Annual report of the Bengal Veterinary College and of the Civil Veterinary Department, Bengal, for the year 1899-1900 - 1899-1900
Year: 1899
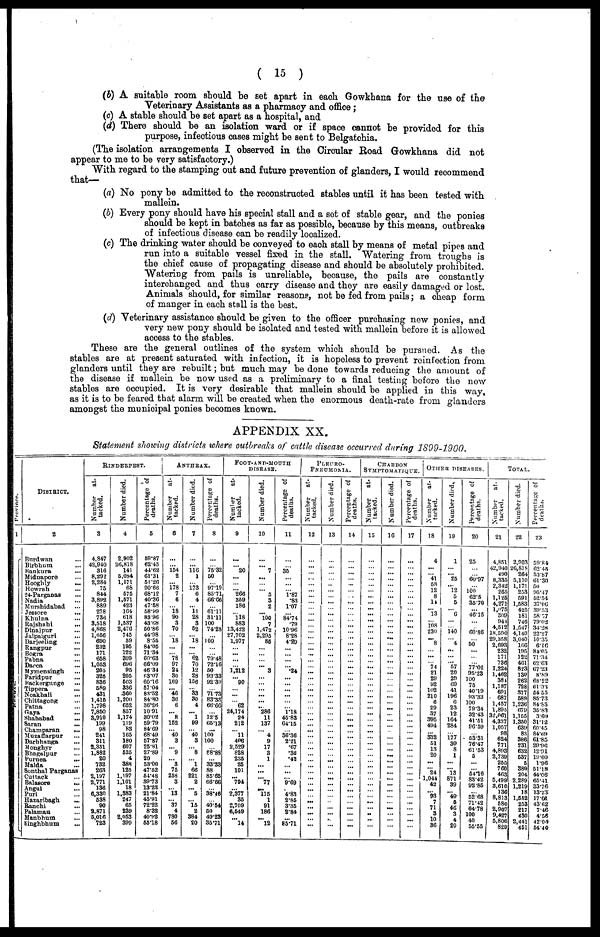
( 15 )
(b) A suitable room should be set apart in each Gowkhana- for the use of the
Veterinary Assistants as a pharmacy and office ;
(c) A stable should be set apart as a hospital, and
(d) There should be an isolation ward or if space cannot be provided for this
purpose, infectious oases might be sent to Belgatchia.
(The isolation arrangements I observed in the Circular Road Gowkhana did not
appear to me to be very satisfactory.)
With regard to the stamping out and future prevention of glanders, I would recommend
that—
(a) No pony be admitted to the reconstructed stables until it has been tested with
mallein.
(b) Every pony should have his special stall and a set of stable gear, and the ponies
should be kept in batches as fax as possible, because by this means, outbreaks
of infectious disease can be readily localized.
(c) The drinking water should be conveyed to each stall by means of metal pipes and
run into a suitable vessel fixed in the stall. "Watering from troughs is
the chief cause of propagating disease and should be absolutely prohibited.
Watering from pails is unreliable, because, the pails are constantly
interchanged and thus carry disease and they are easily damaged or lost.
Animals should, for similar reasons, not be fed from pails ; a cheap form
of manger in each stall is the best.
(d) Veterinary assistance should be given to the officer purchasing new ponies, and
very new pony should be isolated and tested with mallein before it is allowed
access to the stables.
These are the general outlines of the system which should be pursued. As the
stables are at present saturated with infection, it is hopeless to prevent reinfection from
glanders until they are rebuilt; but much may be done towards reducing the amount of
the disease if mallein be now used as a preliminary to a final testing before the new
stables are occupied. It is very desirable that mallein should be applied in this way,
as it is to be feared that alarm will be created when the enormous death-rate from glanders
amongst the municipal ponies becomes known.
APPENDIX XX.
Statement shotting districts where outbreaks of cattle disease occurred during 1899-1900.
Province.
1
BENGAL
DISTRICT.
2
Burdwan ...
Birbhum ...
Bankura ...
Midnapore ...
Hooghly
...
Howrah
...
24-Parganas
...
Nadia
...
Murshidabad ...
Jessore
...
Khulna
...
Rajshahi
...
Dinajpur ...
Jalpaiguri ...
Darjeeling ...
Rangpur ...
Bogra ...
Pabna
...
Dacca
Mymensingh
...
Faridpur
...
Backergunge ...
Tippera
...
Noakhali
...
Chittagong ...
Patna ...
Gaya
...
Shahabad
...
Saran ...
Champaran
...
Muzaffarpur ...
Darbhanga
...
Monghyr
...
Bhagalpur ...
Purnea
...
Malda ...
Sonthal Parganas
Cuttack ...
Balasore
...
Angul ...
Puri ...
Hazaribagh ...
Ranchi
...
Palamau ...
Manbhum ...
Singhbhum ...
RINDERPEST.
Number
at-
tacked.
3
4,847
42,940
316
8,292
2,284
75
844
3,892
889
278
736
3,518
4,868
1,656
690
232
171
658
1,053
205
325
836
589
431
1,415
1,798
7,850
3,910
199
98
241
311
2,351
1,882
20
732
263
2,197
2,771
136
6,330
538
90
2.871
5,016
723
Number died.
4
2,902
26,818
141
5,084
1,171
68
575
1,571
423
164
618
1,537
2,476
745
59
195
122
399
696
95
205
503
336
360
1,200
652
857
1,174
119
83
165
180
607
525
4
388
125
1,197
1,101
18
1,383
247
65
239
2,053
399
Percentage of
deaths.
5
59.87
62.45
44.62
61.31
5l.26
90.66
68.12
40.36
47.58
58.99
8396
43.08
50.86
44.98
8.55
84.05
71.34
60.63
66.09
46.34
63.07
60.16
57.04
83.52
84.80
36.26
1091
30.02
59.79
84.69
68.49
57.87
25.81
27.89
20
53.00
47.52
54.48
89.73
13.23
21.84
45.91
72.22
8.32
40.92
55.18
ANTHRAX.
Number
at-
tacked.
6
...
... 154
2
... 178
7
6
... 18
90
3
70
... 18
... ... 78
97
21
30
169
... 46
36
6
... 8
152
40
3
... 9
3
75
258
3
13
37
4
780
56
Number died.
7
...
...
116
1
... 173
6
4
... 11
28
3
52
... 18
...
... 62
70
12
28
156
33
30
4
... 1
99
40
3
8
1
66
221
2
... 5
... 15
2
384
20
Percentage of
deaths.
8
...
... 75.32
50
... 97.19
85.71
66.66
... 61.11
31.11
100
74.28
... 100
... ...
79.48
72.16
50
9333
92.30
71.73
83.33
66.66
12.5
65.13
...
100
100
88.88
33.33
88
85.65
66.66
38.46
40.54
50
49.23
3571
FOOT-AND-MOUTH
DISEASE.
Number
at-
tacked.
9
...
... 20
...
...
... 266
359
186
118
883
13,422
27,702
1.977
...
...
l','212
90
62
24,174
24
212
11
408
2,529
828
235
25
101
... 794
2,377
35
2,709
6,549
... 14
Number died.
10
...
... 7
...
... ... 5
3
2
... 100
7
1,472
2,295
85
... 3
...
...
...
...
... 286
11
137
... 4
9
17
3
1
...
...
... 77
... 115
1
91
186
... 12
Percentage of
deaths.
11
35
...
1.87
.83
1.07
84.74
.79
10.96
8.28
4.29
...
...
.24
...
...
...
lis
45.83
64.15
36.36
2-21
.67
.36
.42
...
9.69
4.83
2.85
3.35
2.84
85.71
PLEURO-
PNEUMONIA.
Number
at-
tacked.
12
... ...
...
...
...
...
...
...
...
...
...
...
...
...
...
—
... ...
...
...
...
...
...
...
...
...
...
...
...
...
...
...
...
... ...
...
...
...
...
...
...
...
...
...
.
Number died.
13
...
... ...
...
...
...
...
...
...
...
...
...
...
...
...
...
...
... ...
...
...
...
...
...
... ...
...
...
...
...
...
...
...
...
...
...
... ...
...
...
...
... ...
...
...
...
Percentage of
deaths.
14
...
... ...
...
...
...
...
...
...
...
...
...
...
...
...
...
...
... ...
...
...
...
...
...
...
...
...
...
...
...
...
...
... ...
... ...
...
...
... ...
...
... ...
...
... ...
CHARBON
SYMPTOMATIQUE.
Number
at-
tacked.
15
...
...
...
...
...
...
...
...
...
...
...
...
...
...
...
...
...
...
...
...
...
...
...
...
...
...
...
...
...
...
...
...
...
...
... ...
...
...
...
...
...
...
...
...
...
...
Number died.
16
...
... ...
...
...
...
...
...
...
...
...
...
...
...
...
...
...
...
...
...
...
...
...
...
...
...
...
...
...
...
...
... ...
...
...
... ...
...
...
...
...
...
...
...
...
...
Percentage of
deaths.
17
...
... ...
...
...
...
...
...
...
...
...
...
...
...
...
...
...
...
...
...
...
...
...
...
...
...
...
...
...
...
...
... ...
...
... ...
...
...
...
...
...
...
...
... ...
...
OTHER DISEASES.
Number
at-
tacked.
18
4
...
... 41
58
12
8
14
... 13
... 108
230
... 8
...
...
... 74
21
29
92
102
210
6
29
37
395
494
... 332
51
13
20
...
... 24
1,044
42
... 93
7
71
3
10
36
Number died.
19
1
... ... 25
... 12
5
5
... 6
...
... 140
... 4
...
...
... 57
20
29
69
41
196
0
23
12
164
284
... 177
30
8
1
...
... 13
871
39
... 49
6
46
3
4
20
Percentage of
deaths.
20
25
... ... 60.97
... 100
62.5
3570
... 46.15
...
... 60.86
... 50
...
...
... 77.02
95.23
100
75
40.19
93.33
100
79.34
32.43
41.51
96.59
... 53.31
76.47
61.53
5
...
... 5416
83.42
92.85
... 52.68
71.42
64.78
100
40
55.55
TOTAL.
Number at-
tacked.
21
4,851
42,940
490
8,335
2,342
265
1,125
4,271
1,075
309
944
4,512
18,590
29,358
2,693
232
171
736
1,224
1,462
384
1,187
691
687
1,457
1,895
32,061
4,337
1,057
98
624
771
4,803
2,739
255
760
463
5,499
3,610
136
8,813
580
2,907
9,427
5,806
828
Number died.
22
2,903
26,818
264
5,110
1,171
253
591
1,583
425
181
746
1,547
4,140
3,040
166
195
122
461
823
130
262
728
377
589
1,236
679
1,155
1,350
639
83
386
231
632
537
5
389
204
2,289
1,219
18
1,552
255
217
430
2,441
451
Percentage of
deaths.
23
59.84
62.45
53.87
61.30
50
95.47
52.54
37.06
39.53
58.57
79.02
34.28
22.27
10.35
6.16
84.05
71.34
62.63
67.23
8.89
68.22
61.33
54 55
85.73
84.83
35.83
3.60
31.12
60.45
84.69
61.85
29.96
12.91
19.60
1.96
51.18
44.06
65.41
33.76
13.23
17.66
43.62
7.46
4.56
42.04
54.49